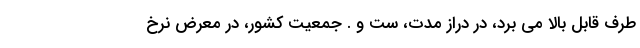
طرف قابل بالا می برد، در دراز مدت، ست و . جمعیت کشور، در معرض نرخ